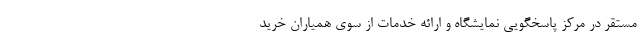
مستقر در مرکز پاسخگویی نمایشگاه و ارائه خدمات از سوی همیاران خرید